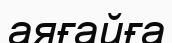
аяғайға